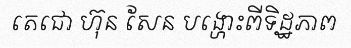
តេជោ ហ៊ុន សែន បង្ហោះពីទិដ្ឋភាព